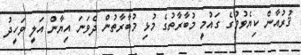
ޤުރުއާން ކިޔެވުމުގެ ގައުމީ މުބާރާތުގެ މުޅި މުބާރާތުން ދެވަނަ އިޔާން އަލީ ވަހީދު